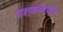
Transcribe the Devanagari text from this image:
दशकांमधले